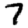
Digit: 7